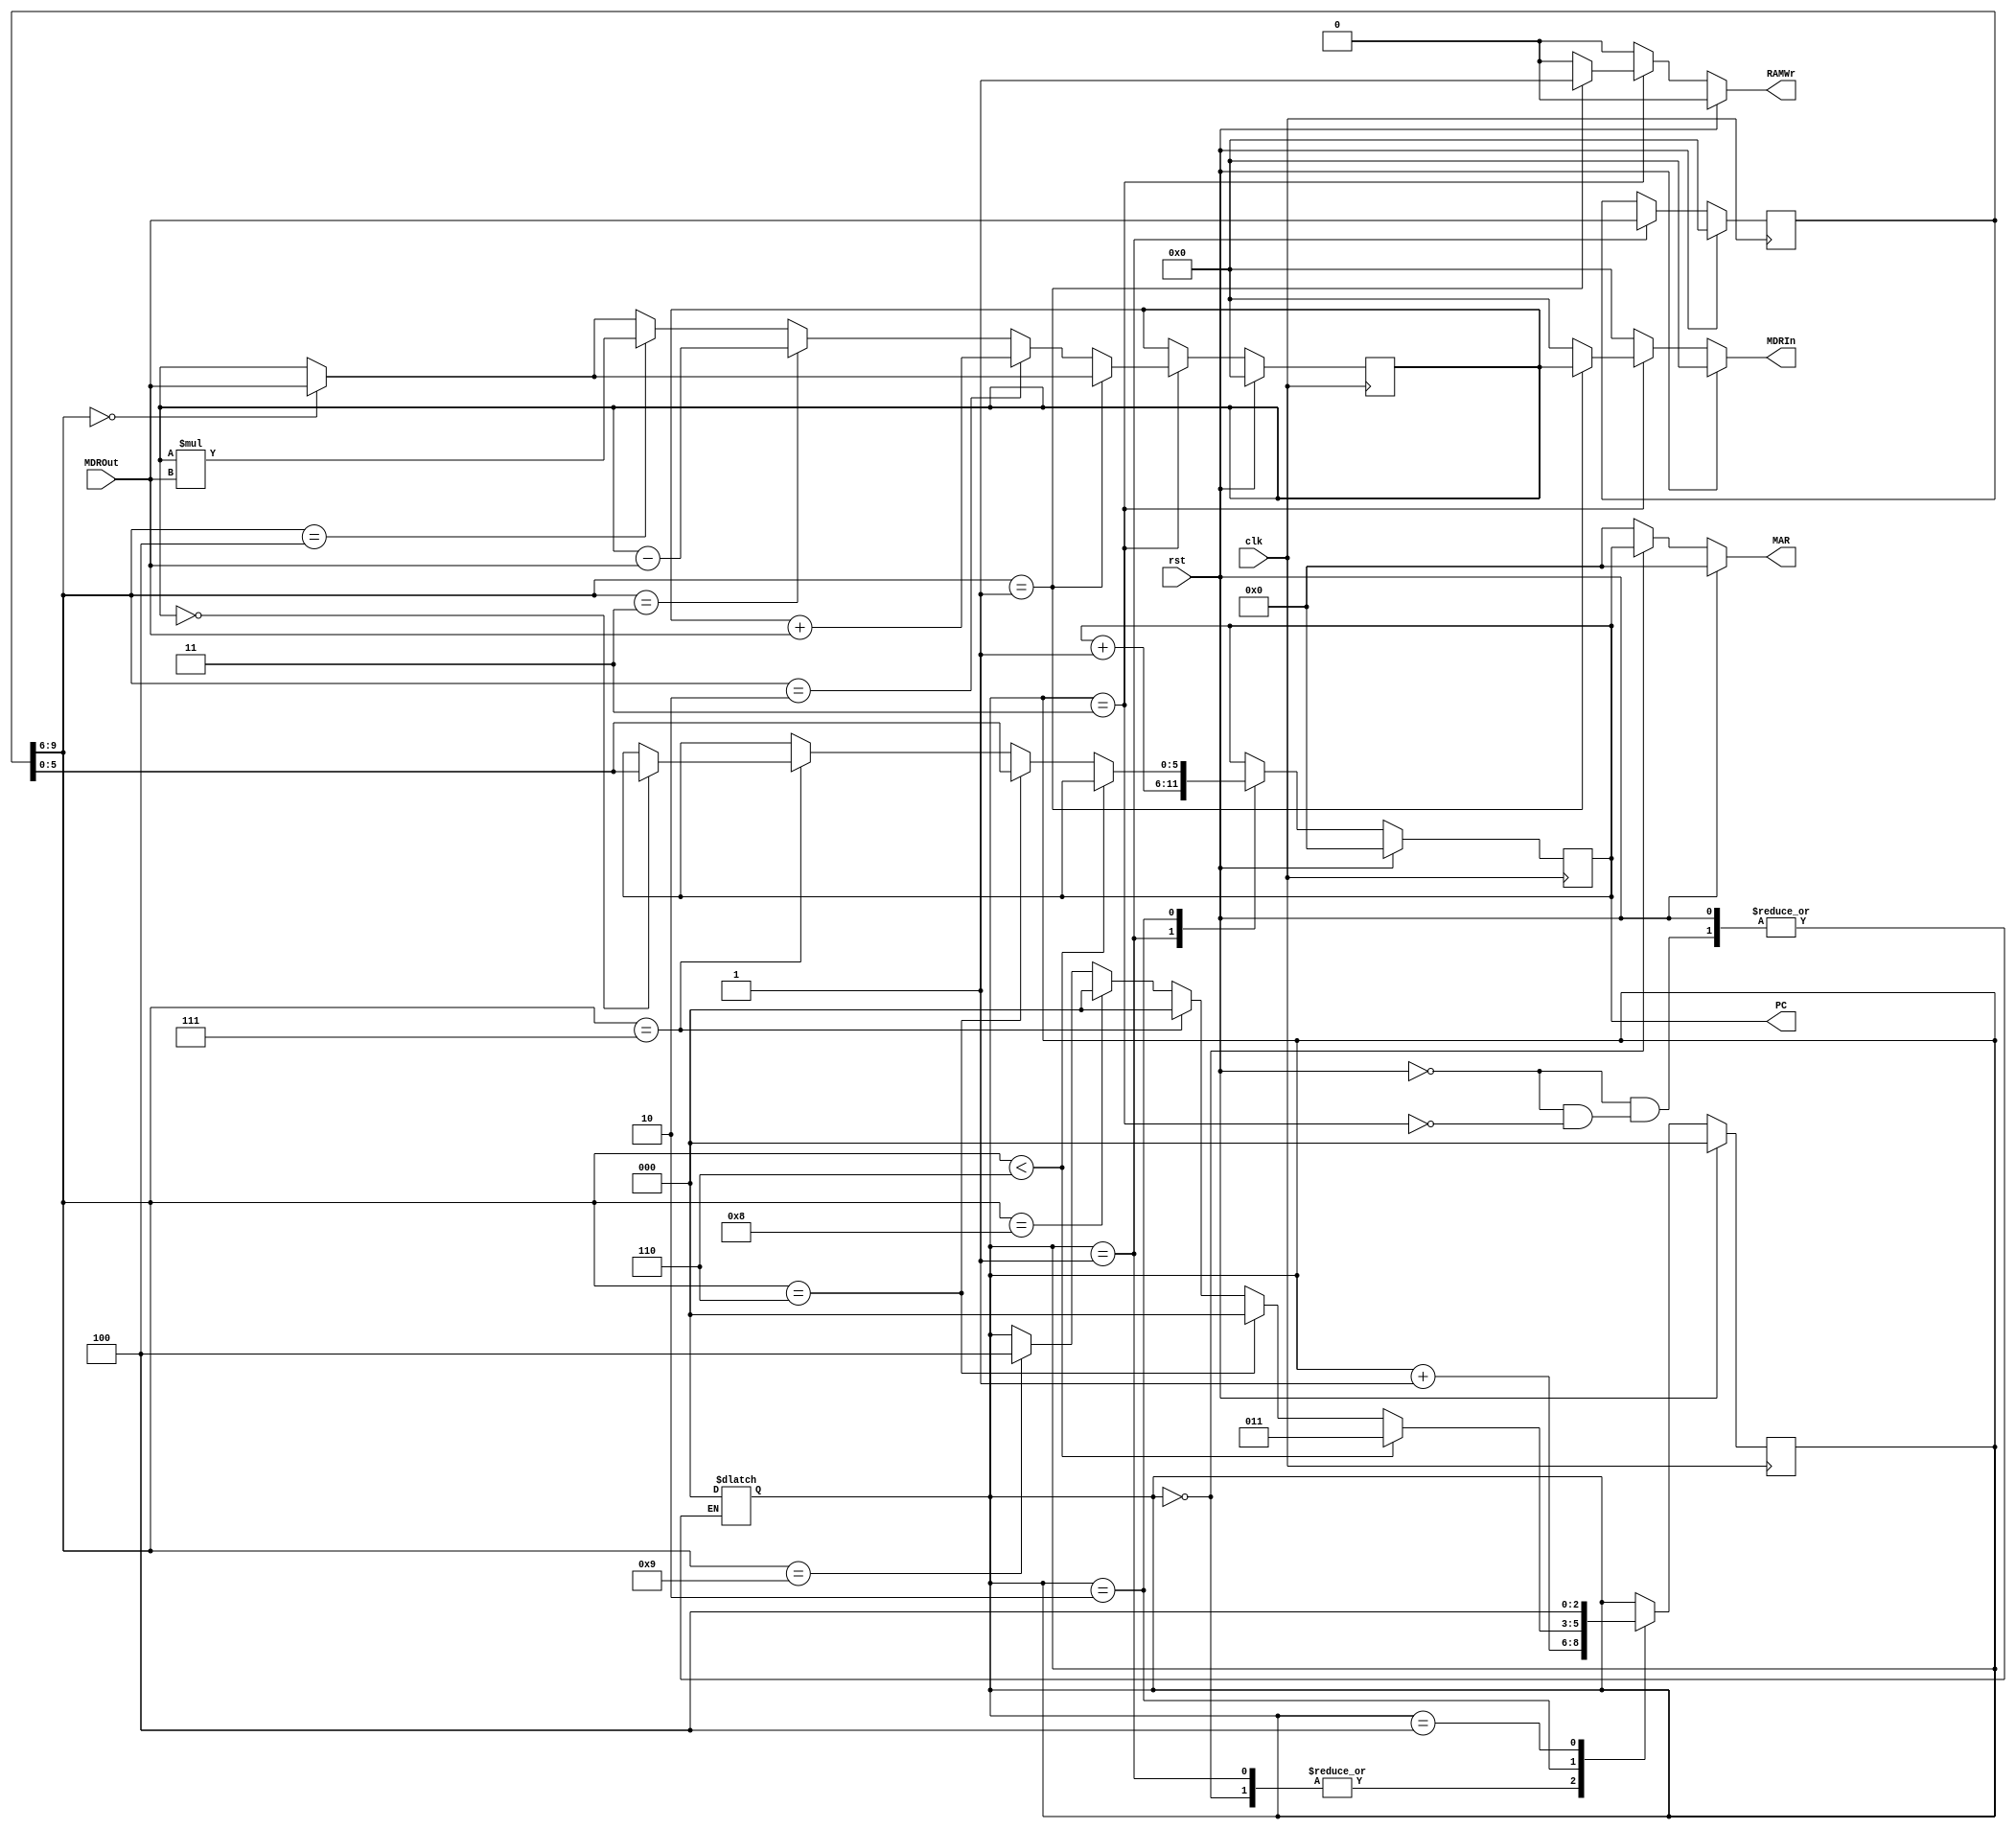
module FBCPU #(
    parameter ADDRESS_WIDTH = 6,
    parameter DATA_WIDTH = 10
)(
    input clk, 
    input rst, 
    output reg [DATA_WIDTH-1:0] MDRIn, 
    output reg RAMWr, 
    output reg [ADDRESS_WIDTH-1:0] MAR, 
    input [DATA_WIDTH-1:0] MDROut, 
    output reg [5:0] PC
);

reg [DATA_WIDTH - 1:0] IR, IRNext;
reg [5:0] PCNext;
reg [9:0] ACC, ACCNext;
reg [2:0] durum, durumNext;

always@(posedge clk) begin
    durum       <= #1 durumNext;
    PC          <= #1 PCNext;
    IR          <= #1 IRNext;
    ACC         <= #1 ACCNext;
end

always@(*) begin
    durumNext   = durum;
    PCNext      = PC;
    IRNext      = IR;
    ACCNext     = ACC;
    MAR         = 0;
    RAMWr       = 0;
    MDRIn       = 0;
    
    if(rst) begin
        durumNext   = 0;
        PCNext      = 0;
        MAR         = 0;
        RAMWr       = 0;
        IRNext      = 0;
        ACCNext     = 0;
        MDRIn       = 0;
    end else begin
        case(durum)
            0: begin
                MAR = PC;
                RAMWr = 0;
                durumNext = durum + 1;
            end
            
            1: begin
                IRNext = MDROut;
                PCNext = PC + 1;
                durumNext = durum + 1;
            end
            
            2: begin
                if(IR[9:6]<6)begin
			MARNext= IR[5:0];
			durumNext= 3;
		end
		else if(IR[9:6]==6)begin
			PCNext= IR[5:0];
			durumNext= 0;
		end
		else if(IR[9:6]==7)begin
			if(ACC==0)begin
				PCNext=IR[5:0]; 
			end
			durumNext= 0;
		end
		else if(IR[9:6]==8)begin
			durumNext=0;
		end
		    else if(IR[9:6]==9)begin
			durumNext=4;
		end
            end
            
            3: begin
		durum=0;
		RAMWr=0;
		MAR=0;
		if(IR[9:6]==0)begin
			ACCNext=MDROut;
		end
		if(IR[9:6]==1)begin
			MARNext=IR[5:0];
			RAMWr=1;
			MDRIn=ACC;
		end
		else if(IR[9:6]==2)begin
			ACCNext=ACC+MDROut;
		end
		else if(IR[9:6]==3)begin
			ACCNext=ACC-MDROut;
		end
		else if(IR[9:6]==4)begin
			ACCNext=ACC*MDROut;
		end
            end
			
            4: begin
		PCNext=PC;
		durumNext=4;
            end
        endcase
    end
end

endmodule